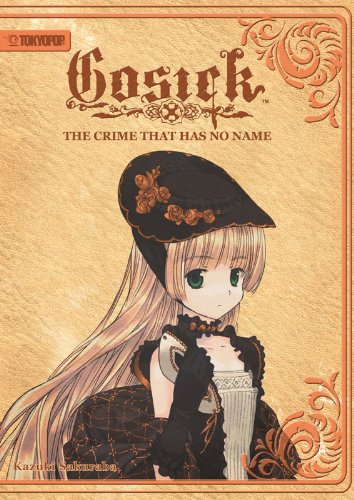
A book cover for GOSICK Volume 2; Kazuki Sakuraba; Humor & Entertainment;